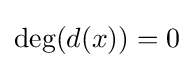
\deg(d(x))=0